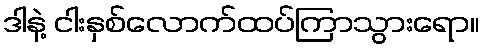
ဒါနဲ့ ငါးနှစ်လောက်ထပ်ကြာသွားရော။